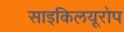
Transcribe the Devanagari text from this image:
साइकिलयूरोप